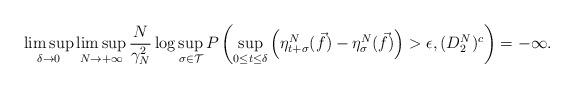
LaTeX: \begin{align*}\limsup_{\delta\rightarrow 0}\limsup_{N\rightarrow+\infty}\frac{N}{\gamma_N^2}\log\sup_{\sigma\in \mathcal{T}}P\left(\sup_{0\leq t\leq \delta}\left(\eta^N_{t+\sigma}(\vec{f})-\eta^N_\sigma(\vec{f})\right)>\epsilon, (D_2^N)^c\right)=-\infty.\end{align*}